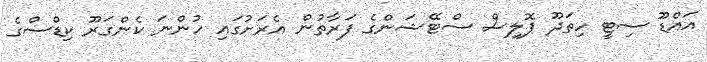
އައްޑޫ ސިޓީ ހިތަދޫ ޕޮލިސް ސްޓޭޝަންގެ ފަރާތުން އެރަށުގައި ހުންނަ ކެންގަރޫ ކިޑްސްގެ